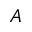
A